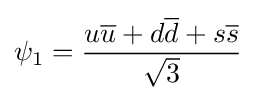
\psi _{1}={\frac {u{\overline {u}}+d{\overline {d}}+s{\overline {s}}}{\sqrt {3}}}